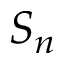
S _ { n }